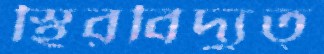
স্থিরবিদ্যুত্